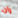
ران